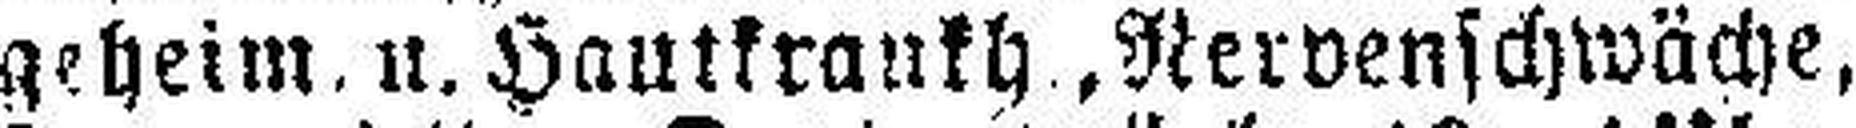
geheim. u. Hautkrankh, Nervenschwäche,